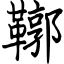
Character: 鞹